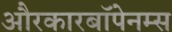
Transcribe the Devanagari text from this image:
औरकारबॉपेनम्स